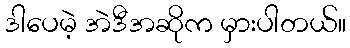
ဒါပေမဲ့ အဲဒီအဆိုက မှားပါတယ်။